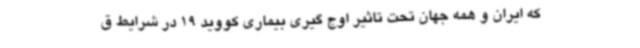
که ایران و همه جهان تحت تاثیر اوج گیری بیماری کووید 19 در شرایط ق